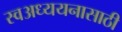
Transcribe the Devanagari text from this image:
स्वअध्ययनासाठी